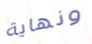
ونهاية